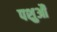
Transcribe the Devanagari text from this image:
पशुऔं